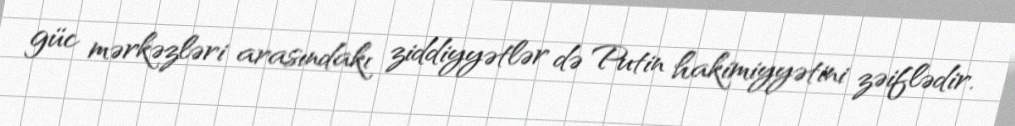
güc mərkəzləri arasındakı ziddiyyətlər də Putin hakimiyyətini zəiflədir.